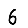
Digit: 6